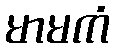
မာမကံ